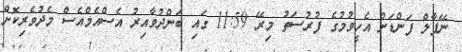
ނޭޕާލް ފަންޑަށް އެހީވުމުގެ ފުރުސަތު މިރޭ 11:59 ގައި ބަންދުވާއިރު އެސްއެމްއެސް މެދުވެރިކޮށް